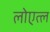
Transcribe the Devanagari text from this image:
लोएत्ल